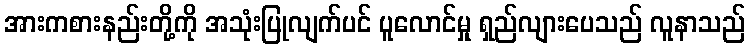
အားကစားနည်းတို့ကို အသုံးပြုလျက်ပင် ပူလောင်မှု ရှည်လျားပေသည် လူနာသည်